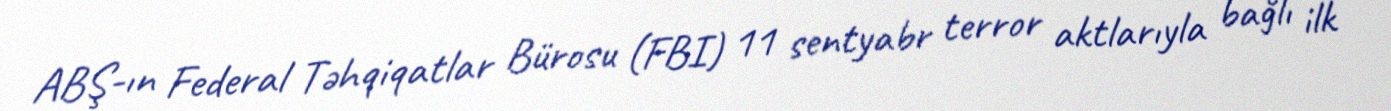
ABŞ-ın Federal Təhqiqatlar Bürosu (FBI) 11 sentyabr terror aktlarıyla bağlı ilk